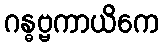
ဂန္ဓဗ္ဗကာယိကေ